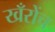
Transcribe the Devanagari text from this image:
खँरोंच